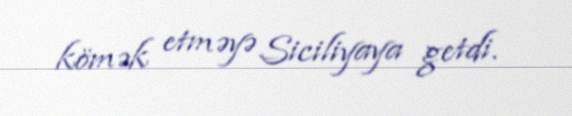
kömək etməyə Siciliyaya getdi.